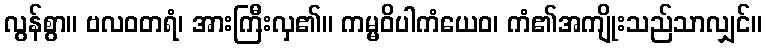
လွန်စွာ။ ဗလဝတရံ၊ အားကြီးလှ၏။ ကမ္မဝိပါကံယေဝ၊ ကံ၏အကျိုးသည်သာလျှင်။